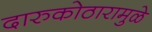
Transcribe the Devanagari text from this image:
दारुकोठारामुळे